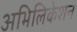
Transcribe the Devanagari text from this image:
अभिलिकेशन